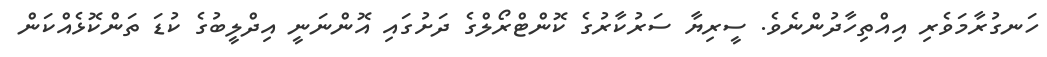
ހަނގުރާމަވެރި އިއްތިހާދުންނެވެ. ސީރިޔާ ސަރުކާރުގެ ކޮންޓްރޯލްގެ ދަށުގައި އޮންނަނީ އިދްލީބުގެ ކުޑަ ތަންކޮޅެއްކަން